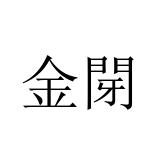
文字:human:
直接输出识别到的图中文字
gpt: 金閕